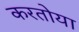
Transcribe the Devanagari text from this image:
करतोया